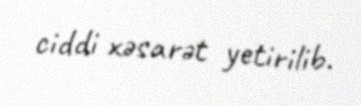
ciddi xəsarət yetirilib.